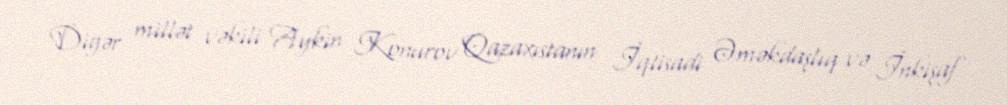
Digər millət vəkili Aykin Konurov Qazaxıstanın İqtisadi Əməkdaşlıq və İnkişaf